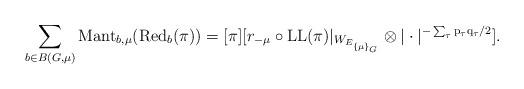
LaTeX: \begin{align*}\sum\limits_{b \in B(G, \mu)} \mathrm{Mant}_{b, \mu}( \mathrm{Red}_b( \pi)) = [ \pi ] [ r_{-\mu} \circ \mathrm{LL}( \pi)|_{W_{E_{\{\mu\}_G}}} \otimes | \cdot |^{\mathrm{- \sum_{\tau} p_{\tau} q_{\tau}/2}}].\end{align*}